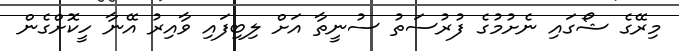
މިރޭގެ ޝޯގައި ނެށުމުގެ ފުރުސަތު ސުނީތާ އަށް ލިބިފައި ވާއިރު އޭނާ ހީކޮށްގެން